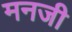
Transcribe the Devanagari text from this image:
मनजी